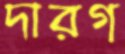
দারগ